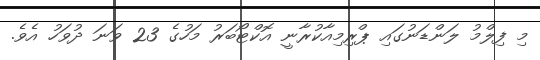
މި ފިލްމު ލަންޑަނުގައި ޕްރިމިއާކުރާނީ އޮކްޓޯބަރު މަހުގެ 23 ވަނަ ދުވަހު އެވެ.